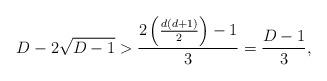
LaTeX: \begin{align*} D - 2 \sqrt{D-1} > \frac{2\left(\frac{d(d+1)}{2} \right)-1}{3} = \frac{D - 1}{3},\end{align*}